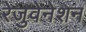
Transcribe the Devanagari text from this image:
रेजुवेनेशन